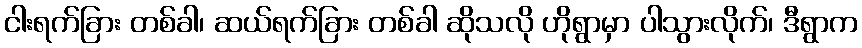
ငါးရက်ခြား တစ်ခါ၊ ဆယ်ရက်ခြား တစ်ခါ ဆိုသလို ဟိုရွာမှာ ပါသွားလိုက်၊ ဒီရွာက